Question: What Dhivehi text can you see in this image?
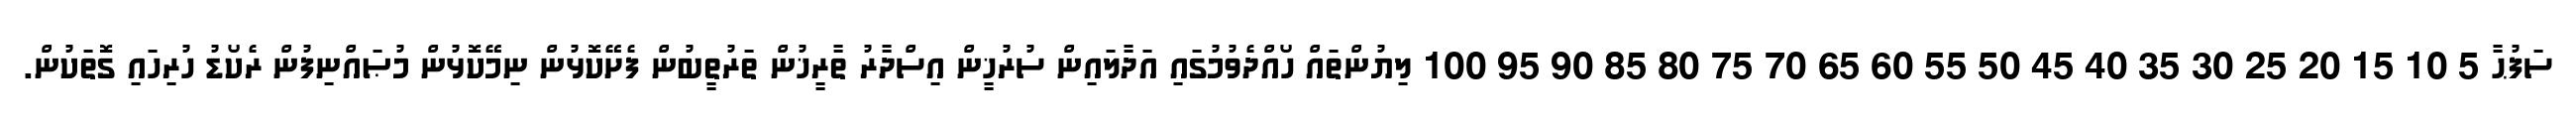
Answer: ސަފުޙާ 5 10 15 20 25 30 35 40 45 50 55 60 65 70 75 80 85 90 95 100 ލިޔުންތައް ހޯއްދެވުމުގައި އަދާލައިން ސުރުޚީން އިސްދާރު ތާރީޚުން ތަރުތީބުން ފެށޭކޮޅުން ނިމޭކޮޅުން މުޞައްނިފުން ރެކޯޑު ހުރިހައި ގޮތަކުން.